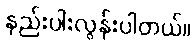
နည်းပါးလွန်းပါတယ်။